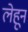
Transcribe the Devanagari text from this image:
लेहून